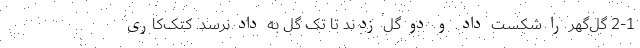
2-1 گل‌گهر را شکست داد. و دو گل زدند تا تک گل به داد نرسد. کتک‌کاری